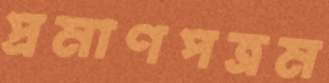
প্রমাণপত্রম